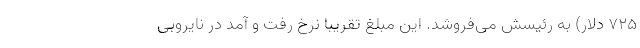
725 دلار) به رئیسش می‌فروشد. این مبلغ تقریبا نرخ رفت و آمد در نایروبی